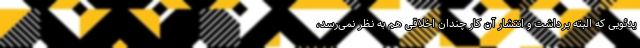
یدئویی که البته برداشت و انتشار آن کار چندان اخلاقی هم به نظر نمی‌رسد،